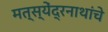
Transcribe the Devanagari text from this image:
मत्स्येंद्रनाथांचे